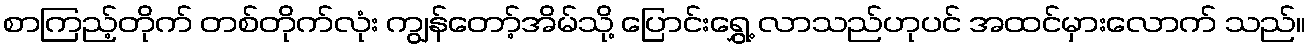
စာကြည့်တိုက် တစ်တိုက်လုံး ကျွန်တော့်အိမ်သို့ ပြောင်းရွှေ့ လာသည်ဟုပင် အထင်မှားလောက် သည်။